Vaccine operations Central Provinces 1868-1885 - 1868-1885
Year: 1868
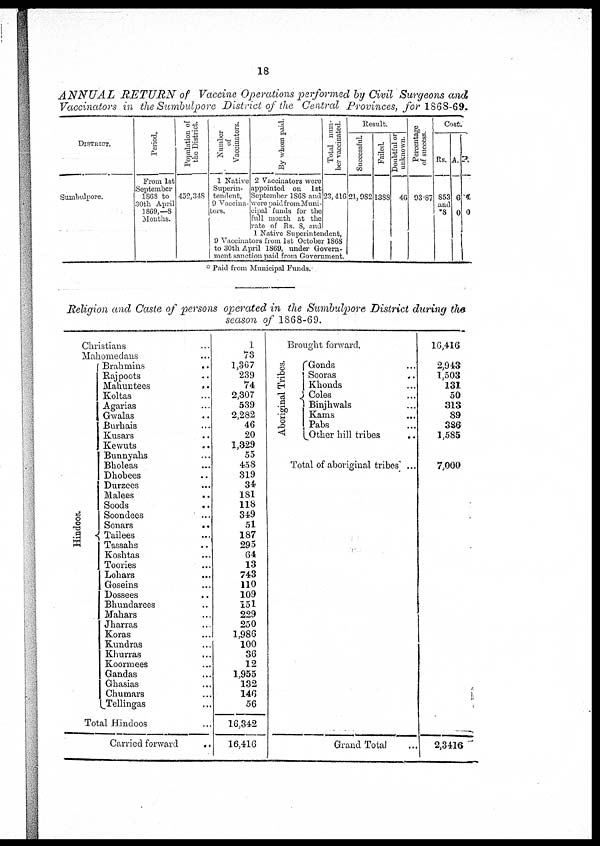
18
ANNUAL
RETURN of Vaccine Operations performed by Civil Surgeons and
Vaccinators in the Sumbulpore District of the Central Provinces, for 1868-69.
DISTRICT.
Sumbulpore.
Period.
From 1st
September
1868 to
30th April
1869,—8
Months.
Population of
the District.
432,348
Number
of
Vaccinators.
1 Native
Superin-
tendent,
9 Vaccina-
tors.
By whom paid.
2 Vaccinators were
appointed on 1st
September 1868 and
were paid from Muni-
Total num-
ber vaccinated.
23,416
cipal funds for the
full month at the
rate of Rs. 8, and
1 Native Superintendent,
9 Vaccinators from 1st October 1868
to 30th April 1869, under Govern-
ment sanction paid from Government.
Result.
Successful.
21,982
Failed.
1388
Doubtful or
unknown.
46
Percentage
of success.
93.87
Cost.
Rs.
853
and
*8
A.
6
0
P.
4
0
Paid from Municipal Funds.
Religion and Caste of persons operated in the Sumbulpore District during the
season of 1868-69.
Christians... ...
Mahomedans ...
Hindoos.
Brahmins..
Rajpoots ...
Mahuntees...
Koltas...
Agarias...
Gwalas...
Burhais...
Kusars
...
Kewuts ...
Bunnyahs...
Bholeas ...
Dhobees ...
Durzees ...
Malees ...
Soods
...
Soondees ...
Sonars
...
Tailees ...
Tassahs ...
Koshtas ...
Toories ...
Lohars
...
...
Goseins ...
Dossees ...
Bhundarces ...
Mahars ...
Jharras ...
Koras ...
Kundras ...
Khurras ...
Koormees ...
Gandas ...
Ghasias ...
Chumars ...
Tellingas ...
Total Hindoos ...
Carried forward
..
1
73
1,367
239
74
2,307
539
2,282
46
20
1,329
55
458
319
34
181
118
349
51
187
295
64
13
743
110
109
151
229
250
1,986
100
36
12
1,955
132
146
56
16,342
16,416
Brought forward.
Aboriginal Tribes.
Gonds...
Sooras ...
Khonds...
Coles...
Binjhwals...
Kams...
Pabs...
Other hill tribes
...
16,416
2,943
1,503
131
50
313
89
386
1,585
Total of aboriginal tribes ...
7,000
Grand Total.
2,3416